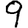
Digit: 9